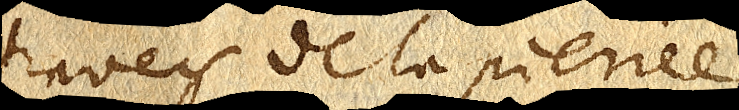
travers de la pierre.